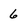
Character: 6